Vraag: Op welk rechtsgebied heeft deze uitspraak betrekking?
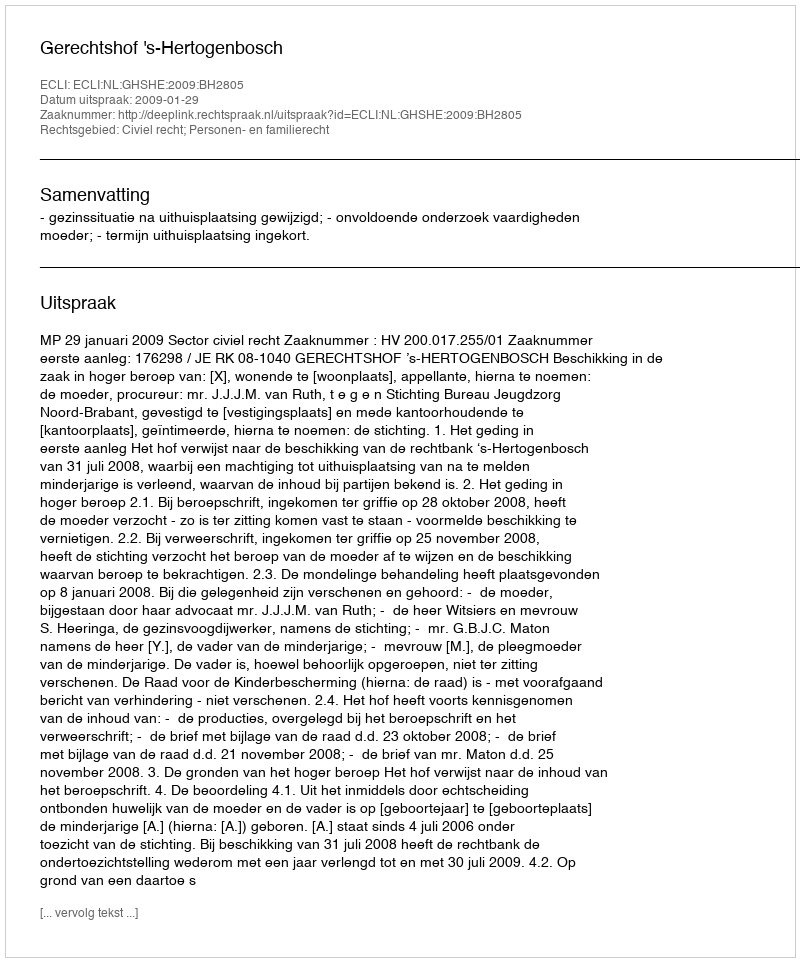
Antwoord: Civiel recht; Personen- en familierecht